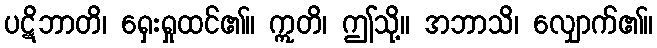
ပဋိဘာတိ၊ ရှေးရှုထင်၏။ ဣတိ၊ ဤသို့။ အဘာသိ၊ လျှောက်၏။